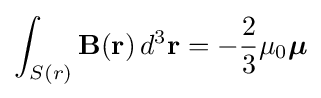
\int _{S(r)}\mathbf {B} (\mathbf {r} )\,d^{3}\mathbf {r} =-{\frac {2}{3}}\mu _{0}{\boldsymbol {\mu }}